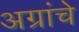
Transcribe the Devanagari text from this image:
अग्रांचे